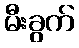
မီးခွက်